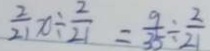
\frac { 2 } { 2 1 } x \div \frac { 2 } { 2 1 } = \frac { 9 } { 3 5 } \div \frac { 2 } { 2 1 }